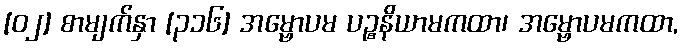
[၀၂] စာမျက်နှာ [၃၁၆] အမ္ဗောပမ ပဉ္စနိယာမကထာ၊ အမ္ဗောပမကထာ,